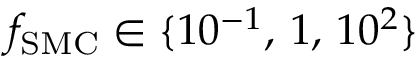
f _ { \mathrm { S M C } } \in \{ 1 0 ^ { - 1 } , \, 1 , \, 1 0 ^ { 2 } \}